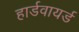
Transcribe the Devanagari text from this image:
हार्डवायर्ड